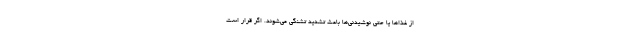
از غذاها یا حتی نوشیدنی‌ها باعث تشدید تشنگی می‌شوند. اگر قرار است